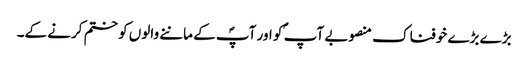
بڑے بڑے خوفناک منصوبے آپ ؐ کو اور آپؐ کے ماننے والوں کو ختم کرنے کے۔